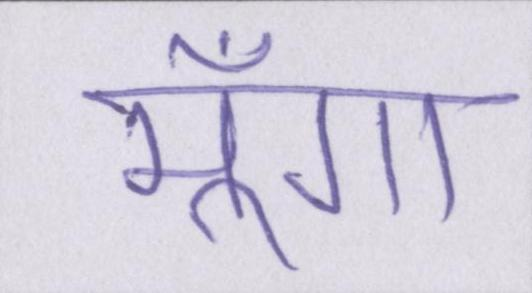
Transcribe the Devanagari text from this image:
मूँगा